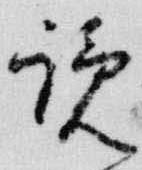
覧